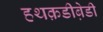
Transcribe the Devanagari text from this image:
हथक़डीब़ेडी